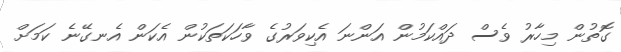
ގޮތުން މިހާރު ވެސް ދައްކަމުން އަންނަ އެކިވަރުގެ ވާހަކަތަކުން އެކަން އެނގޭނެ ކަމަށް